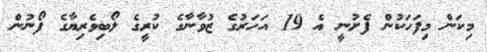
މިކަން މިފަހަކުން ފެށުނީ އެ 19 އަހަރުގެ ޒުވާނާގެ ކުރީގެ ލޯބިވެރިޔާގެ ފޯނުން